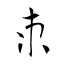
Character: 朿